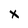
Character: X